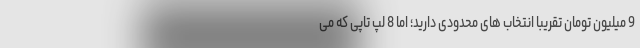
9 میلیون تومان تقریبا انتخاب های محدودی دارید؛ اما 8 لپ تاپی که می